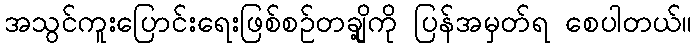
အသွင်ကူးပြောင်းရေးဖြစ်စဉ်တချို့ကို ပြန်အမှတ်ရ စေပါတယ်။